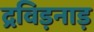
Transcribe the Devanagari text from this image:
द्रविड़नाड़